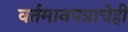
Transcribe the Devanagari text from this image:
वर्तमानपत्राचेही